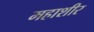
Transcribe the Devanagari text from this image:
महाशीर